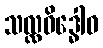
သလ္လဝိဒ္ဓေါဝ